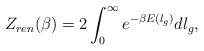
LaTeX: \begin{align*}Z_{ren}(\beta)=2\int_{0}^{\infty}e^{-\beta E(l_g)}dl_{g},\end{align*}